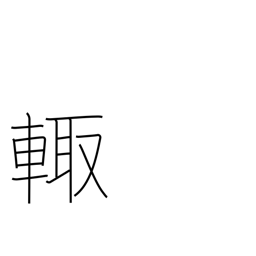
Meaning: sides of chariot were weapons